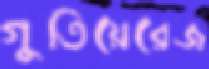
গুতিয়েরেজ